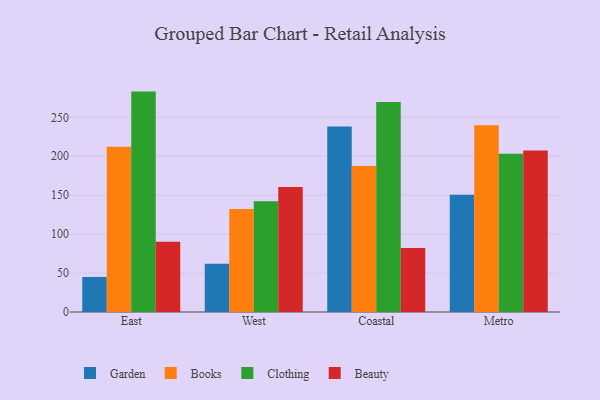
{"axis": {"x": "Region", "y": "Headcount"}, "legend": ["Beauty", "Books", "Clothing", "Garden"], "data": [{"x": "East", "y": 45.0, "type": "Garden"}, {"x": "East", "y": 212.1, "type": "Books"}, {"x": "East", "y": 283.0, "type": "Clothing"}, {"x": "East", "y": 90.3, "type": "Beauty"}, {"x": "West", "y": 62.0, "type": "Garden"}, {"x": "West", "y": 132.4, "type": "Books"}, {"x": "West", "y": 142.1, "type": "Clothing"}, {"x": "West", "y": 160.4, "type": "Beauty"}, {"x": "Coastal", "y": 238.1, "type": "Garden"}, {"x": "Coastal", "y": 187.5, "type": "Books"}, {"x": "Coastal", "y": 269.8, "type": "Clothing"}, {"x": "Coastal", "y": 82.1, "type": "Beauty"}, {"x": "Metro", "y": 150.7, "type": "Garden"}, {"x": "Metro", "y": 239.9, "type": "Books"}, {"x": "Metro", "y": 203.3, "type": "Clothing"}, {"x": "Metro", "y": 207.5, "type": "Beauty"}]}